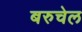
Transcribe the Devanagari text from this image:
बरुचेल